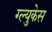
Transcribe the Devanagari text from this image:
ग्ल्युकेस